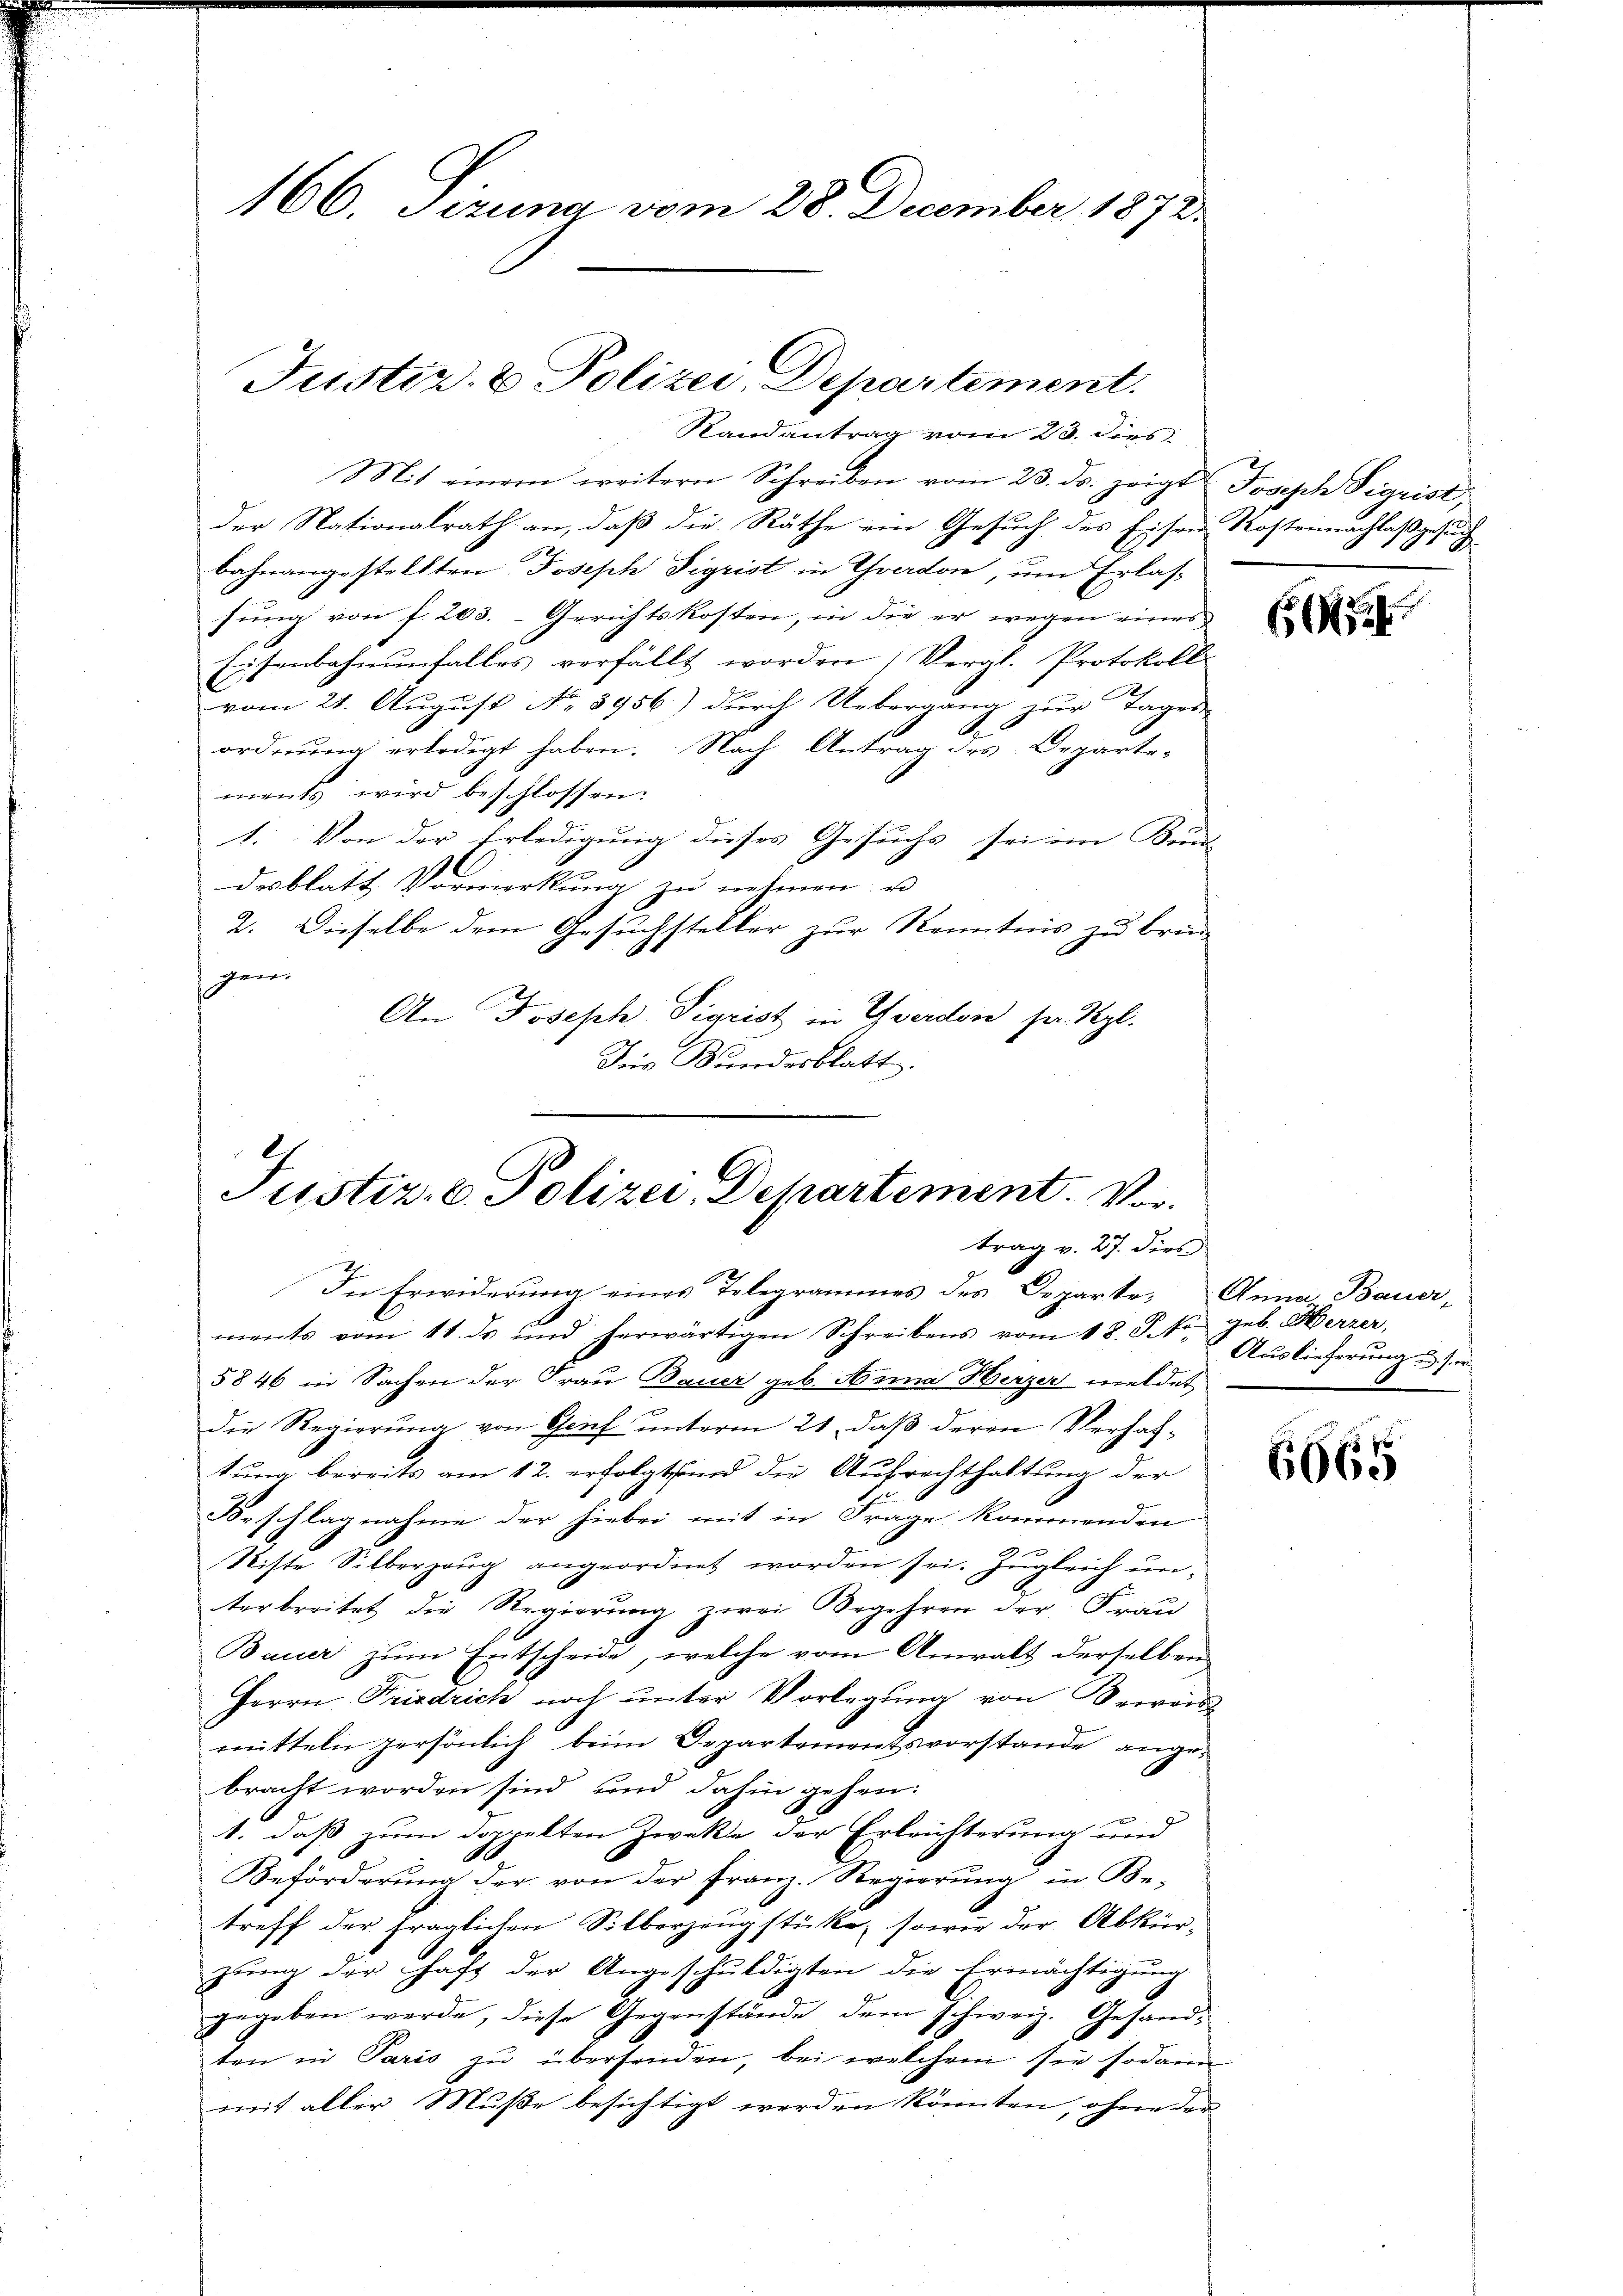
166. Sizung vom 28. December 1872

Mit einem weitern Schreiben vom 23. ds. zeigt Joseph Sigrist,
der Nationalrath an, daß die Räthe ein Gesuch des Eisen Kostennachlaßgesuch
bahnangestellten Joseph Sigrist in Yverdon, ŭm Erlas-
sung von f. 203. Gerichtskosten, in die er wegen eines
Eisenbahnunfalles verfällt worden) Vergl. Protokoll
vom 21. August No. 3956) durch Uebergang zur Tages
A
ordnŭng erledigt haben. Nach Antrag des Departe-
ments wird beschlossen:
1. Von der Erledigung dieses Gesuchs sei im Kun
desblatt Vormerkung zu nehmen, u
2. Dieselbe dem Gesuchsteller zur Kenntnis zu bren-
gen.
An Joseph Sigrist in Yverdon ser Szl.
Für Kundesblatt.
.
Justiz, C. Polizei, Departement. Vortrag v. 27. dies

Justiz- & Polizei, Departement.
Randantrag vom 23. dies

In Erwiderung eines Telegrammes des Departe. Anna Bauer-

6

Auslieferung u. s.

ments vom 11. ds und herwärtigen Schreibens vom 18. J. von geb. Herzer,
5846 in Sachen der Frau Bauer geb. Anna Herzer meldet
die Regierung von Genf unterm 21. daß deren Verhaltung bereits am 12. erfolgt sind die Aufrechthaltung der
Beschlagnahme der hiebei mit in Frage kommenden
Riste Silberzeug angeordnet worden sei. Zugleich unterbreitet die Regierung zwei Begehren der Frau
Bauer zum Entscheide, welche vom Anwalt derselben
Herrn Friedrich noch unter Vorlegung von Beweis
mitteln persönlich beim Departementsvorstande angebracht worden sind und dahin gehen:
1. daß zum doppelten Zweke der Erleichterung und
Beförderung der von der Franz. Regierung in Be-
treff der fraglichen Silberzeugstücke, sowie der Abkür-
zung der Haft der Angeschuldigten die Ermächtigung
gegeben werde, diese Gegenstände dem schweiz. Gesandten in Paris zu übersenden, bei welchem sie sodann
mit aller Muße besichtigt werden könnten, ohne der

6665